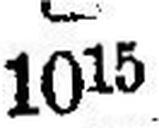
1015